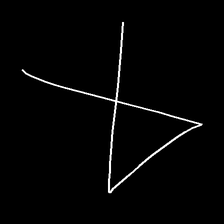
Glyph: collection